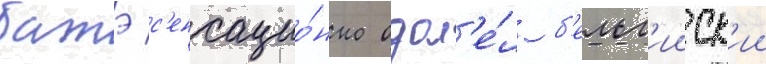
батэ с'енсацио́нно одол'е́л б'ельг'ииск'ии